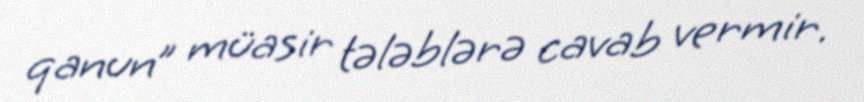
qanun” müasir tələblərə cavab vermir.